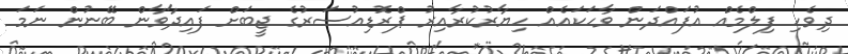
ދިވެހި ފިލްމެއް އުފައްދަން ވާހަކައެއް ހިޔާރުކުރާއިރު ޕްރޮޑިއުސަރުގެ ޖީބަށް ފައިދާވާން ބޭނުން ނަމަ